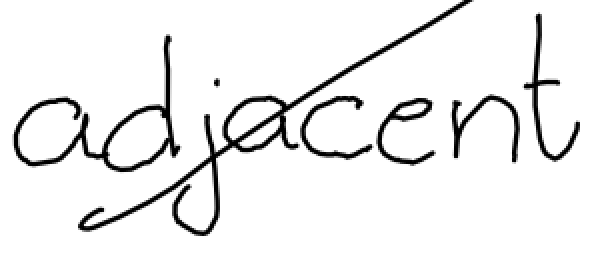
Text: adjacent
Cross-out: diagonal
Writing tool: digital_black